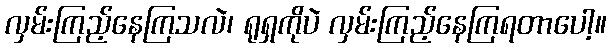
လှမ်းကြည့်နေကြသလဲ၊ ရုရှကိုပဲ လှမ်းကြည့်နေကြရတာပေါ့။